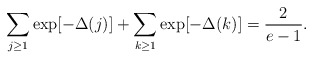
\begin{align*}\sum_{j\ge1}\exp[-\Delta(j)]+\sum_{k\ge1}\exp[-\Delta(k)]=\frac{2}{e-1}.\end{align*}